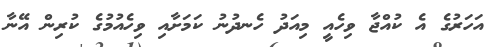
އަހަރުގެ އެ ކުއްޖާ ވިހެއީ މިއަދު ހެނދުނު ކަމަށާއި ވިހެއުމުގެ ކުރިން އޭނާ